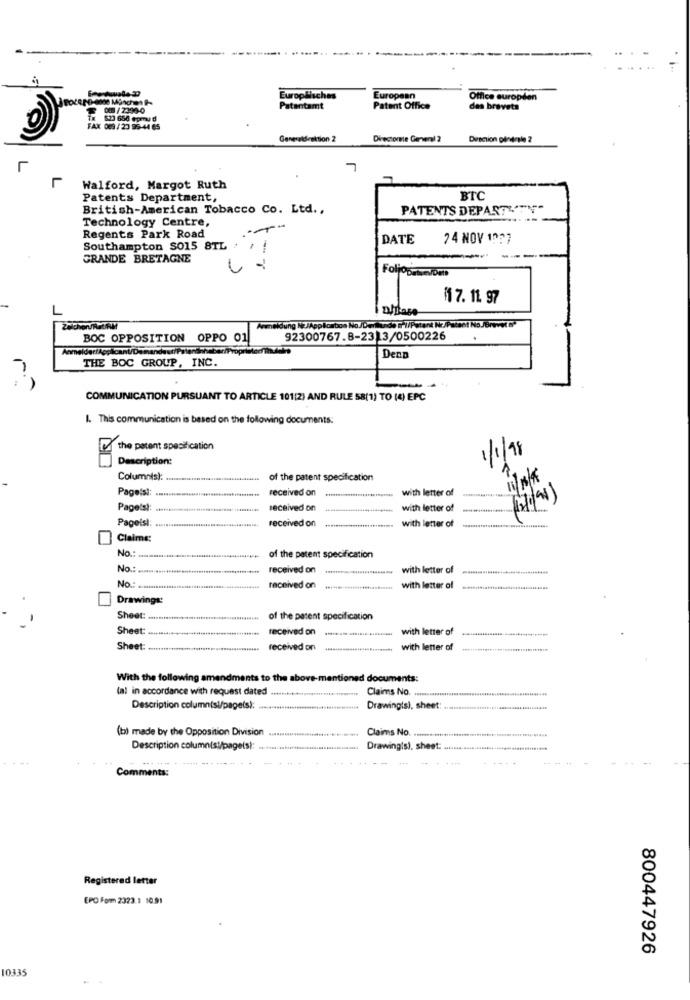
30-me München P-
Europäisches
European
Office europden
009 / 2399-0
Patentamt
Patent Office
des brevets
$23 654 epmy d
FAX 009/23 95-44 65
Directorte General 2
Walford, Margot Ruth
Patents Department,
BTC
British-American Tobacco Co. Ltd .,
PATENTS DEPARTITY-
Technology Centre,
-
Regents Park Road
DATE
24 NOV 1927
Southampton $015 8TL :
--
GRANDE BRETAGNE
$17. 11. 97
phrase
Anmeldung NEJAppBonbon No./Demande D'//Pstank Nr./Patset No./Brevet G*
BOC OPPOSITION OPPO 01
92300767.8-2313/0500226
THE BOC GROUP, INC.
Denp
COMMUNICATION PURSUANT TO ARTICLE 101[2) AND RULE 58(1) TO (4) EPC
I. This communication is based on the following documents:
the patent specification
1/1/98
Description:
Column(s):
of the patent specification
Pageist:
received on
with letter of
Pagets !:
received on
with letter of
Pageisi
received on
with letter of
Claime:
No .:
of the patent specification
received on
with letter of
No .:
received on
with letter of
Drawing !!
Sheet:
of the parent specification
Sheet
received on
with letter of
Sheet:
received on
with letter of
With the following amendments to the above-mentioned documents:
(al in accordance with request dated .it
Claims No.
Description column(si/page(s):
Drawingis), sheet:
(b) made by the Opposition Division .........
Claims No.
Description columnist/pageis):
Drawingis), sheet.
Comments:
Registered letter
EPO Form 2323.3 10.91
800447926
10335